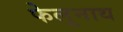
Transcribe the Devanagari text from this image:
फेलूनाथ